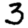
Digit: 3